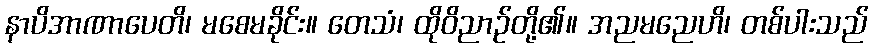
နာပိအာဏာပေတိ၊ မစေမခိုင်း။ တေသံ၊ ထိုဝိညာဉ်တို့၏။ အညမညေဟိ၊ တစ်ပါးသည်